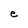
Character: e